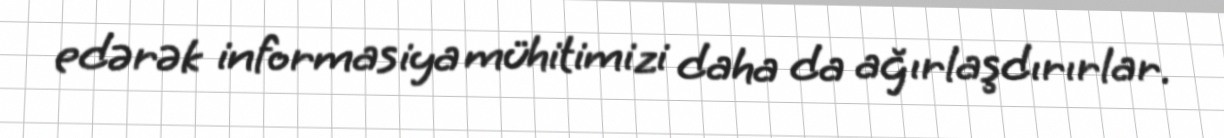
edərək informasiya mühitimizi daha da ağırlaşdırırlar.